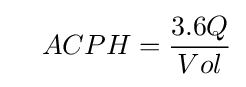
\quad ACPH={\frac {3.6Q}{Vol}}